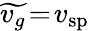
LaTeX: \widetilde{v_{g}}\! =\! v_{\mathrm{sp}}